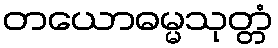
တယောဓမ္မသုတ္တံ